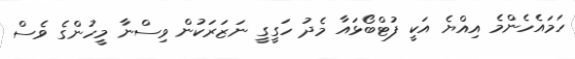
ހަމައެހެންމެ އިއްޔެ އަކީ ފުޓްބޯޅައާ މެދު ހަގީގީ ނަޒަރަކުން ވިސްނާ މީހުންގެ ވެސް